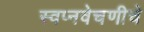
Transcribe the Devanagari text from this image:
स्वप्नवेचणीचे